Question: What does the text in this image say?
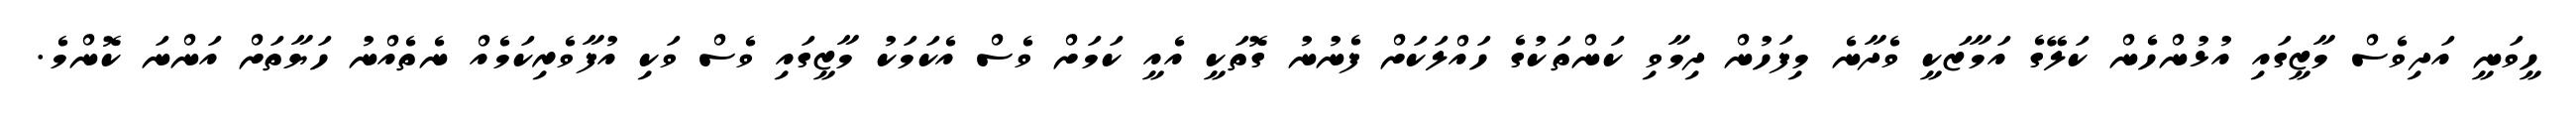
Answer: ހީވަނީ އަދިވެސް މާޒީގައި އުޅުންހެން ކަލޭގެ އަމާޒަކީ ވެދާނެ މިފަހުން ދިމާވި ކަންތަކުގެ ހައްލަކަށް ފެނުނު ގޮތަކީ އެއީ ކަމަށް ވެސް އެކަމަކު މާޒީގައި ވެސް ވަކި އުފާވެރިކަމެއް ނެތެއްނު ހަޔާތަށް އަންނަ ކޮންމެ.